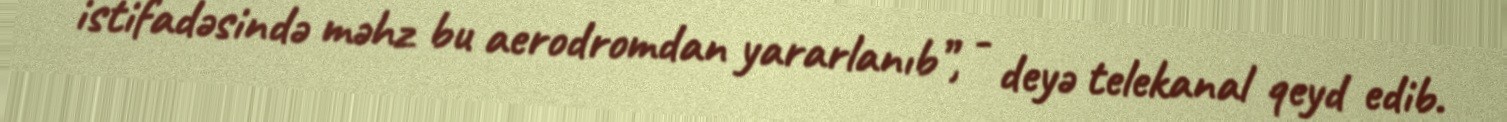
istifadəsində məhz bu aerodromdan yararlanıb”, - deyə telekanal qeyd edib.